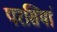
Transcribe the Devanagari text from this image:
परसियां